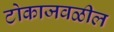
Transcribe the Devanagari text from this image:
टोकाजवळील